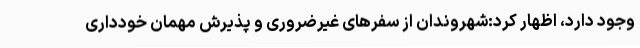
وجود دارد، اظهار کرد:شهروندان از سفرهای غیرضروری و پذیرش مهمان خودداری